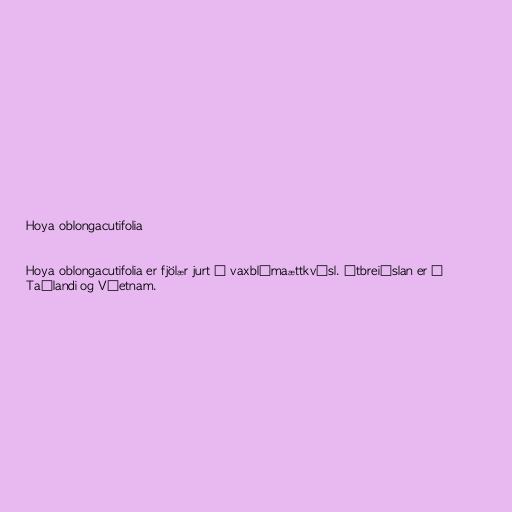
Hoya oblongacutifolia

Hoya oblongacutifolia er fjölær jurt í vaxblómaættkvísl. Útbreiðslan er á
Taílandi og Víetnam.